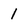
Character: 1